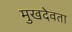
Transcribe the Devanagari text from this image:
मुखदेवता